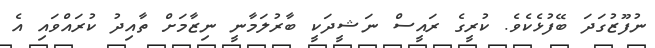
ނުފޫޒުގަދަ ބޭފުޅެކެވެ. ކުރީގެ ރައީސް ނަޝީދަކީ ބާރުލަމާނީ ނިޒާމަށް ތާއިދު ކުރައްވައި އެ